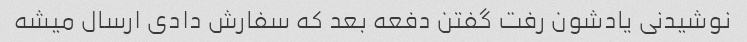
نوشیدنی یادشون رفت گفتن دفعه بعد که سفارش دادی ارسال میشه